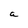
Character: a